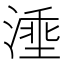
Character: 𣺡